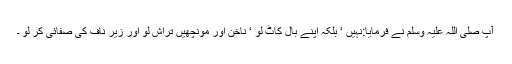
آپ صلی اللہ علیہ وسلم نے فرمایا:نہیں ‘ بلکہ اپنے بال کاٹ لو ‘ ناخن اور مونچھیں تراش لو اور زیر ناف کی صفائی کر لو ۔